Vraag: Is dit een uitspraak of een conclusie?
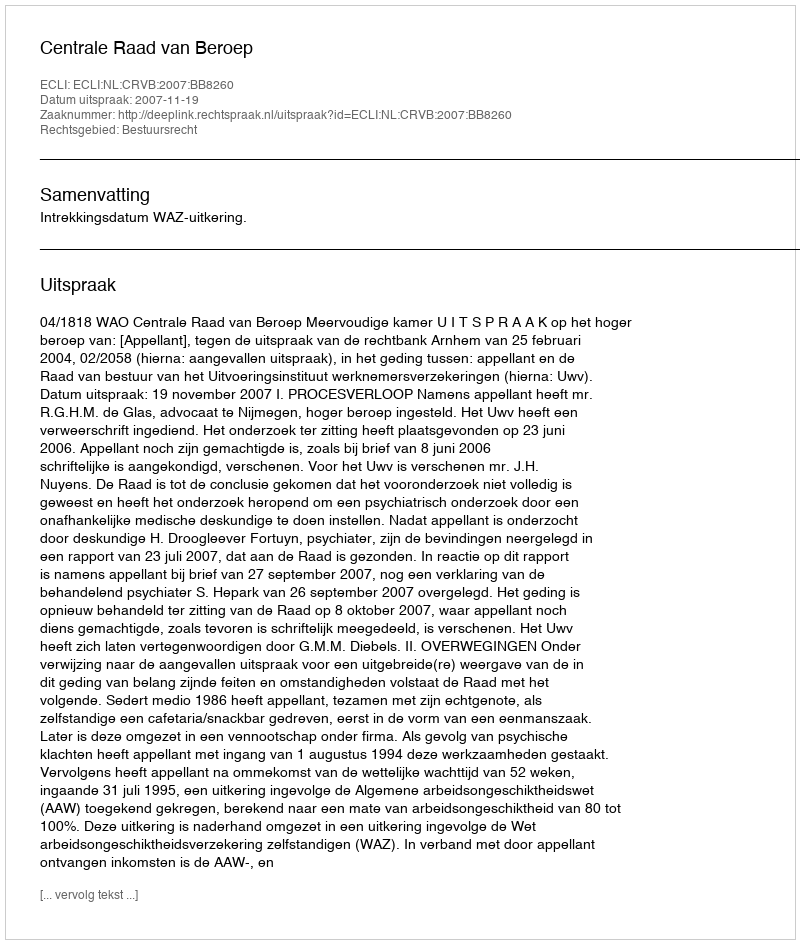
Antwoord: Uitspraak